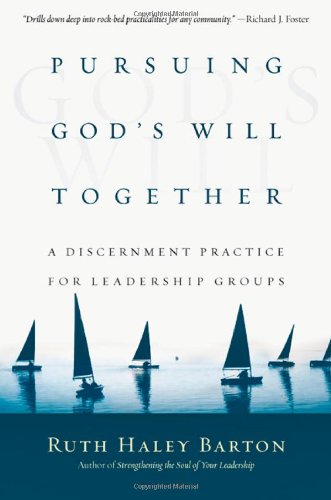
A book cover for Pursuing God's Will Together: A Discernment Practice for Leadership Groups (Transforming Center Set); Ruth Haley Barton; Christian Books & Bibles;